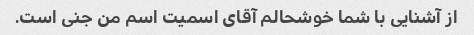
از آشنایی با شما خوشحالم آقای اسمیت اسم من جنی است.